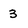
Character: 3